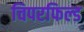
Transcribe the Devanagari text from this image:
चिपरफिल्ड